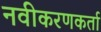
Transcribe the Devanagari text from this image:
नवीकरणकर्ता